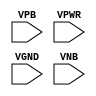
module sky130_fd_sc_ms__tapvgnd (
    //# {{power|Power}}
    input VPB ,
    input VPWR,
    input VGND,
    input VNB
);
endmodule